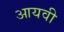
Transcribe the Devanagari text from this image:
आयवी